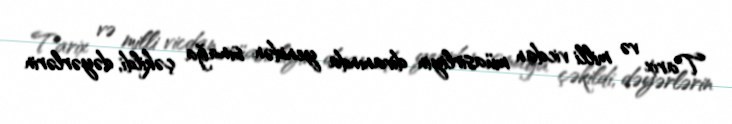
Tarix və milli vicdan müasirliyin divanında yenidən sınağa çəkildi, dəyərlərin